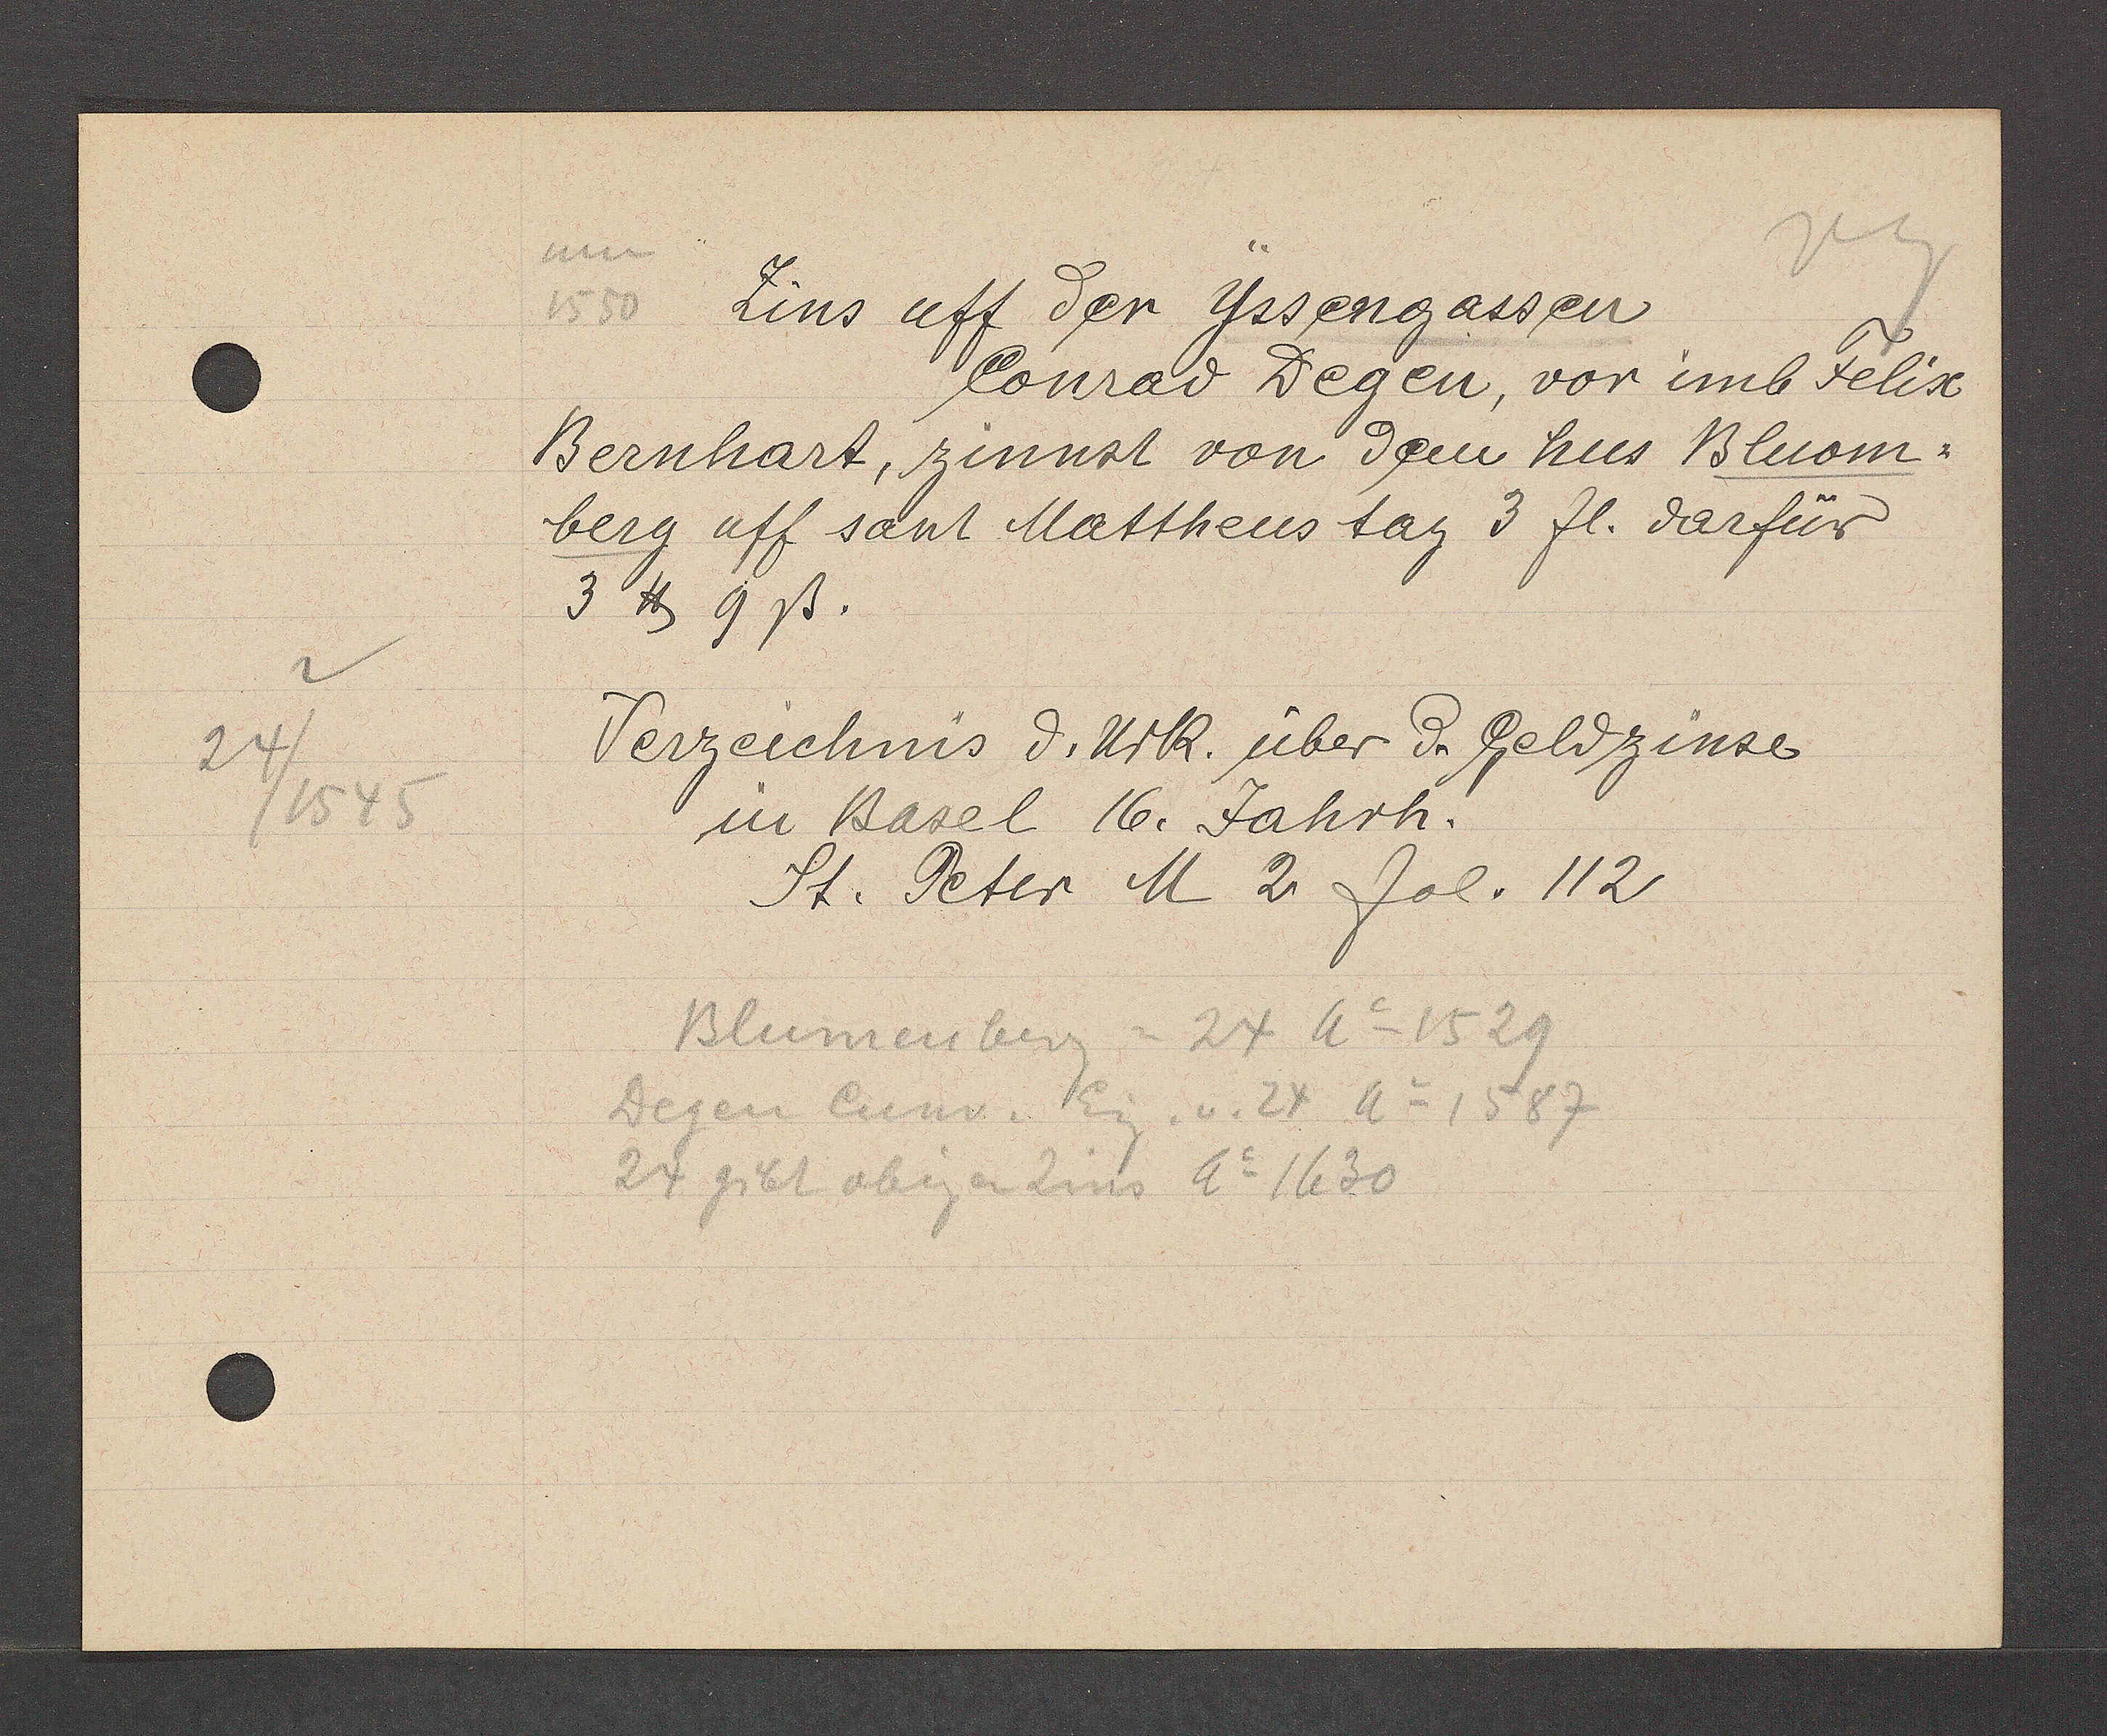
Transcript:
24/1545

1550 Zins uff der Yssengassen
Conrad Degen, vor imb Felix
Bernhart, zinnst von dem hus Bluom¬
berg uff sant Mattheustag 3 fl. darfür
3 ℔ 9ß.
Verzeichnis d.Urk. über d. Geldzinse
in Basel 16. Jahrh.
St. Peter M 2. fol. 112
Blumenberg =24 Ao 1529
Degen Cunr. Eig.v. 24 Ao 1587
24 gibt obigen Zins Ao: 1630